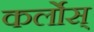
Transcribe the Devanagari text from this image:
कर्लोस्